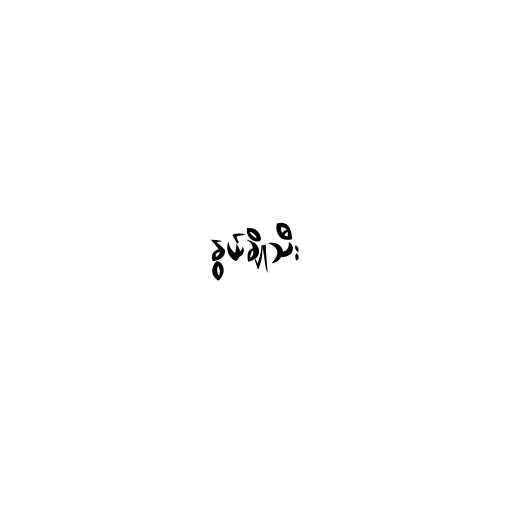
နွယ်ချိုသီး